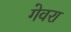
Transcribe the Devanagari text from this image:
गेवरा